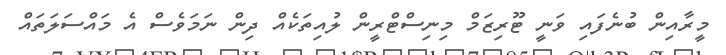
މީރާއިން ބުނެފައި ވަނީ ޓޫރިޒަމް މިނިސްޓްރީން ލުއިތަކެއް ދިން ނަމަވެސް އެ މައްސަލަތައް